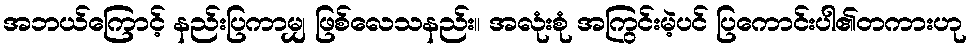
အဘယ်ကြောင့် နည်းပြကာမျှ ဖြစ်လေသနည်း။ အလုံးစုံ အကြွင်းမဲ့ပင် ပြကောင်းပါ၏တကားဟု